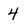
Character: 4